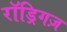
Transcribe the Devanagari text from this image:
रॉड्रिगज़